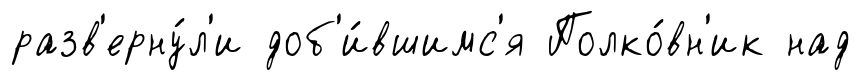
разв'ерну́л'и доб'и́вшимс'я Полко́вн'ик над